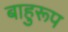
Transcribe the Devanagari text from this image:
बाहुरूप